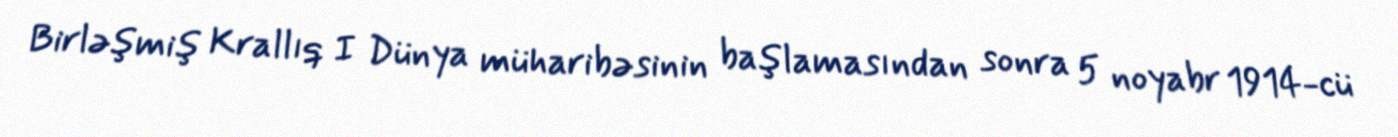
Birləşmiş Krallıq I Dünya müharibəsinin başlamasından sonra 5 noyabr 1914-cü